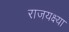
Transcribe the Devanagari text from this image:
राजयक्ष्या